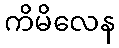
ကိမိလေန